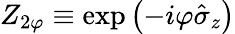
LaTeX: Z_{2\varphi}\equiv\exp\left(-i\varphi\hat{\sigma}_{z}\right)